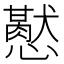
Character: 𢤍